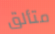
متألق